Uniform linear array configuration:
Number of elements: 24
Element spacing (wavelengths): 1
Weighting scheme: blackman
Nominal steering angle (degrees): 45
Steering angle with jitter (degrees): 44.051
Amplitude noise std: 0.05
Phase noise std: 0.05

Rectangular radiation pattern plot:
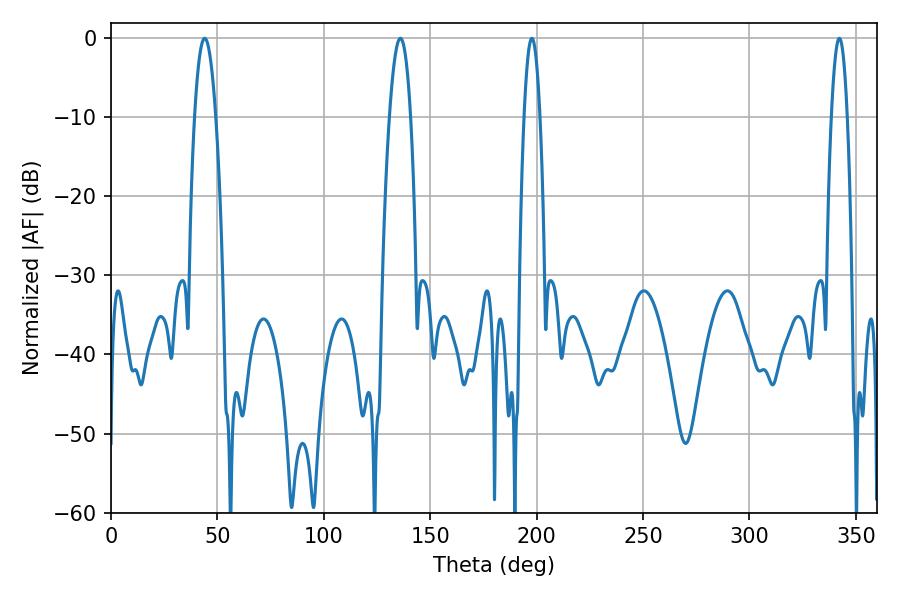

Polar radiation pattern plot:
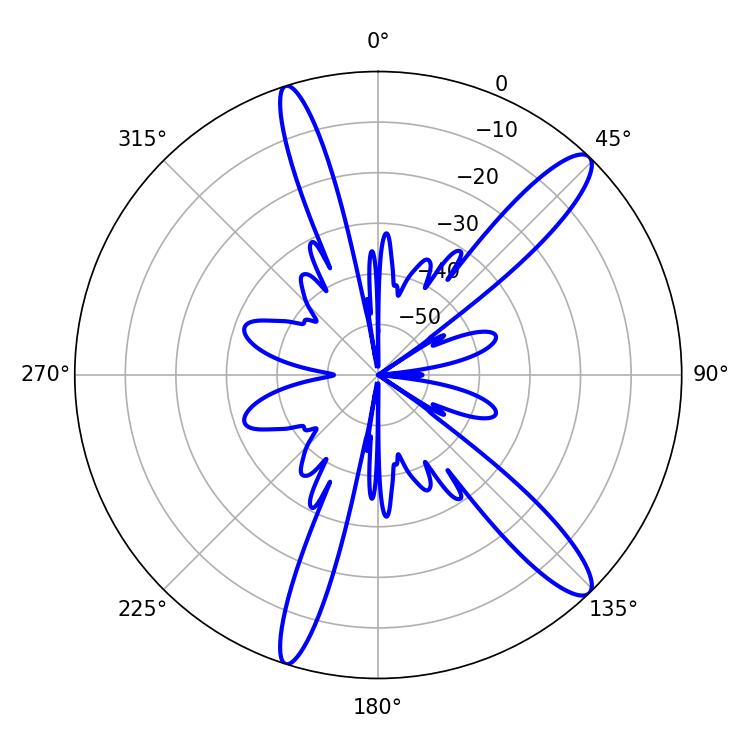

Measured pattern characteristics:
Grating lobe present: TRUE
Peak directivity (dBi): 13.184
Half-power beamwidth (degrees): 5.4
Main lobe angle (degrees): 135.9